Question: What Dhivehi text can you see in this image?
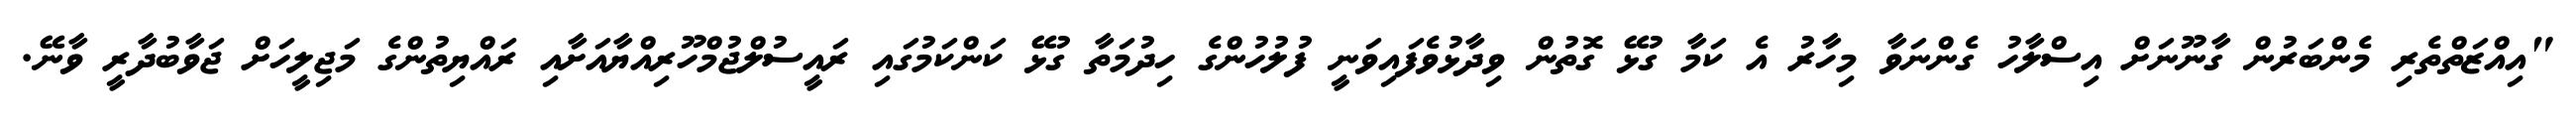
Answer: "އިއްޒަތްތެރި މެންބަރުން ގާނޫނަށް އިސްލާހު ގެންނަވާ މިހާރު އެ ކަމާ ގުޅޭ ގޮތުން ވިދާޅުވެފައިވަނީ ފުލުހުންގެ ހިދުމަތާ ގުޅޭ ކަންކަމުގައި ރައީސުލްޖުމްހޫރިއްޔާއަށާއި ރައްޔިތުންގެ މަޖިލީހަށް ޖަވާބުދާރީ ވާނޭ.